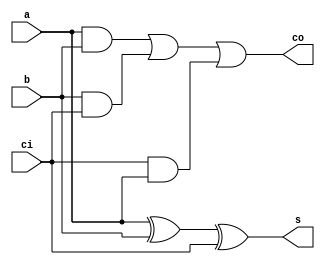
module full_adder_df (
    s,co,a,b,ci
);
input a,b,ci;
output s,co;

assign s = a ^ b ^ ci ;
assign co = a&b | b&ci | ci&a ;

endmodule